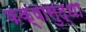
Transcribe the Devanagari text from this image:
कक्षासुद्धा